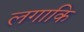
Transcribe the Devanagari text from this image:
लगाकि